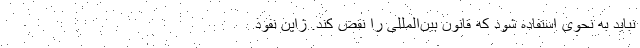
نباید به نحوی استفاده شود که قانون بین‌المللی را نقض کند. ژاپن نفوذ